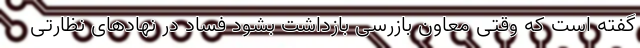
گفته است که وقتی معاون بازرسی بازداشت بشود فساد در نهادهای نظارتی